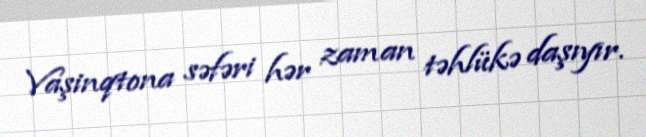
Vaşinqtona səfəri hər zaman təhlükə daşıyır.